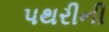
પથરીની